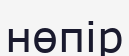
нөпір